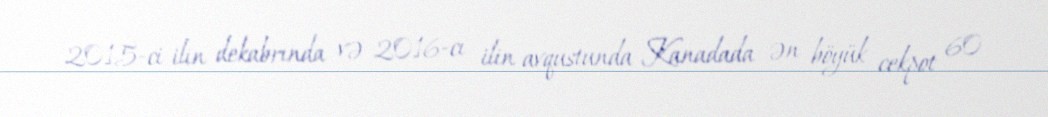
2015-ci ilin dekabrında və 2016-cı ilin avqustunda Kanadada ən böyük cekpot 60